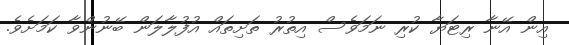
އިން އޭނާ ރިޓަޔާ ކުރި ނަމަވެސް އިތުރު ތަށިތައް އުފުލާލަން ބޭނުންވާ ކަމަށެވެ.